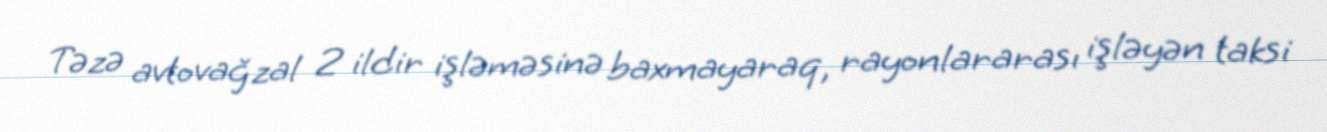
Təzə avtovağzal 2 ildir işləməsinə baxmayaraq, rayonlararası işləyən taksi